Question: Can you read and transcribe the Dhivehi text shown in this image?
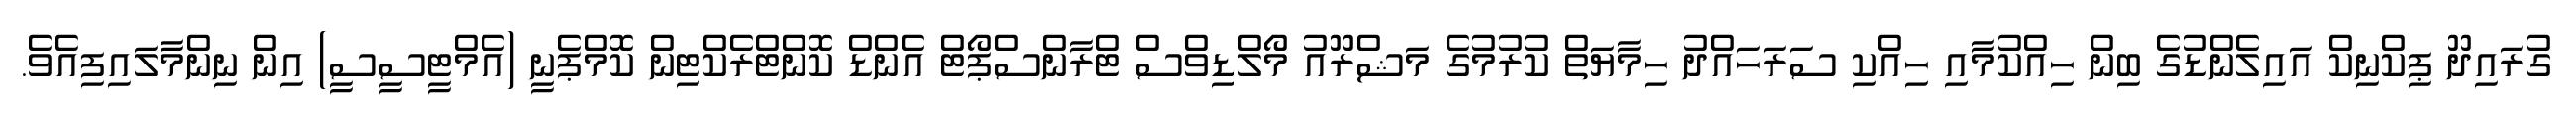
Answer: ގުރައިދޫ ޕިކްނިކް އައިލެންޑުގެ ބިން ހިއްކުމާއި ހިއްކި ސަރަހައްދު ހިމާޔަތް ކުރުމުގެ މަޝްރޫއު މޯލްޑިވްސް ޓްރާންސްޕޯޓް އެންޑް ކޮންޓްރެކްޓިން ކޮމްޕެނީ (އެމްޓީސީސީ) އިން ނިންމާލައިފިއެވެ.